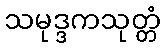
သမုဒ္ဒကသုတ္တံ